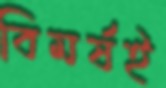
বিমর্ষই